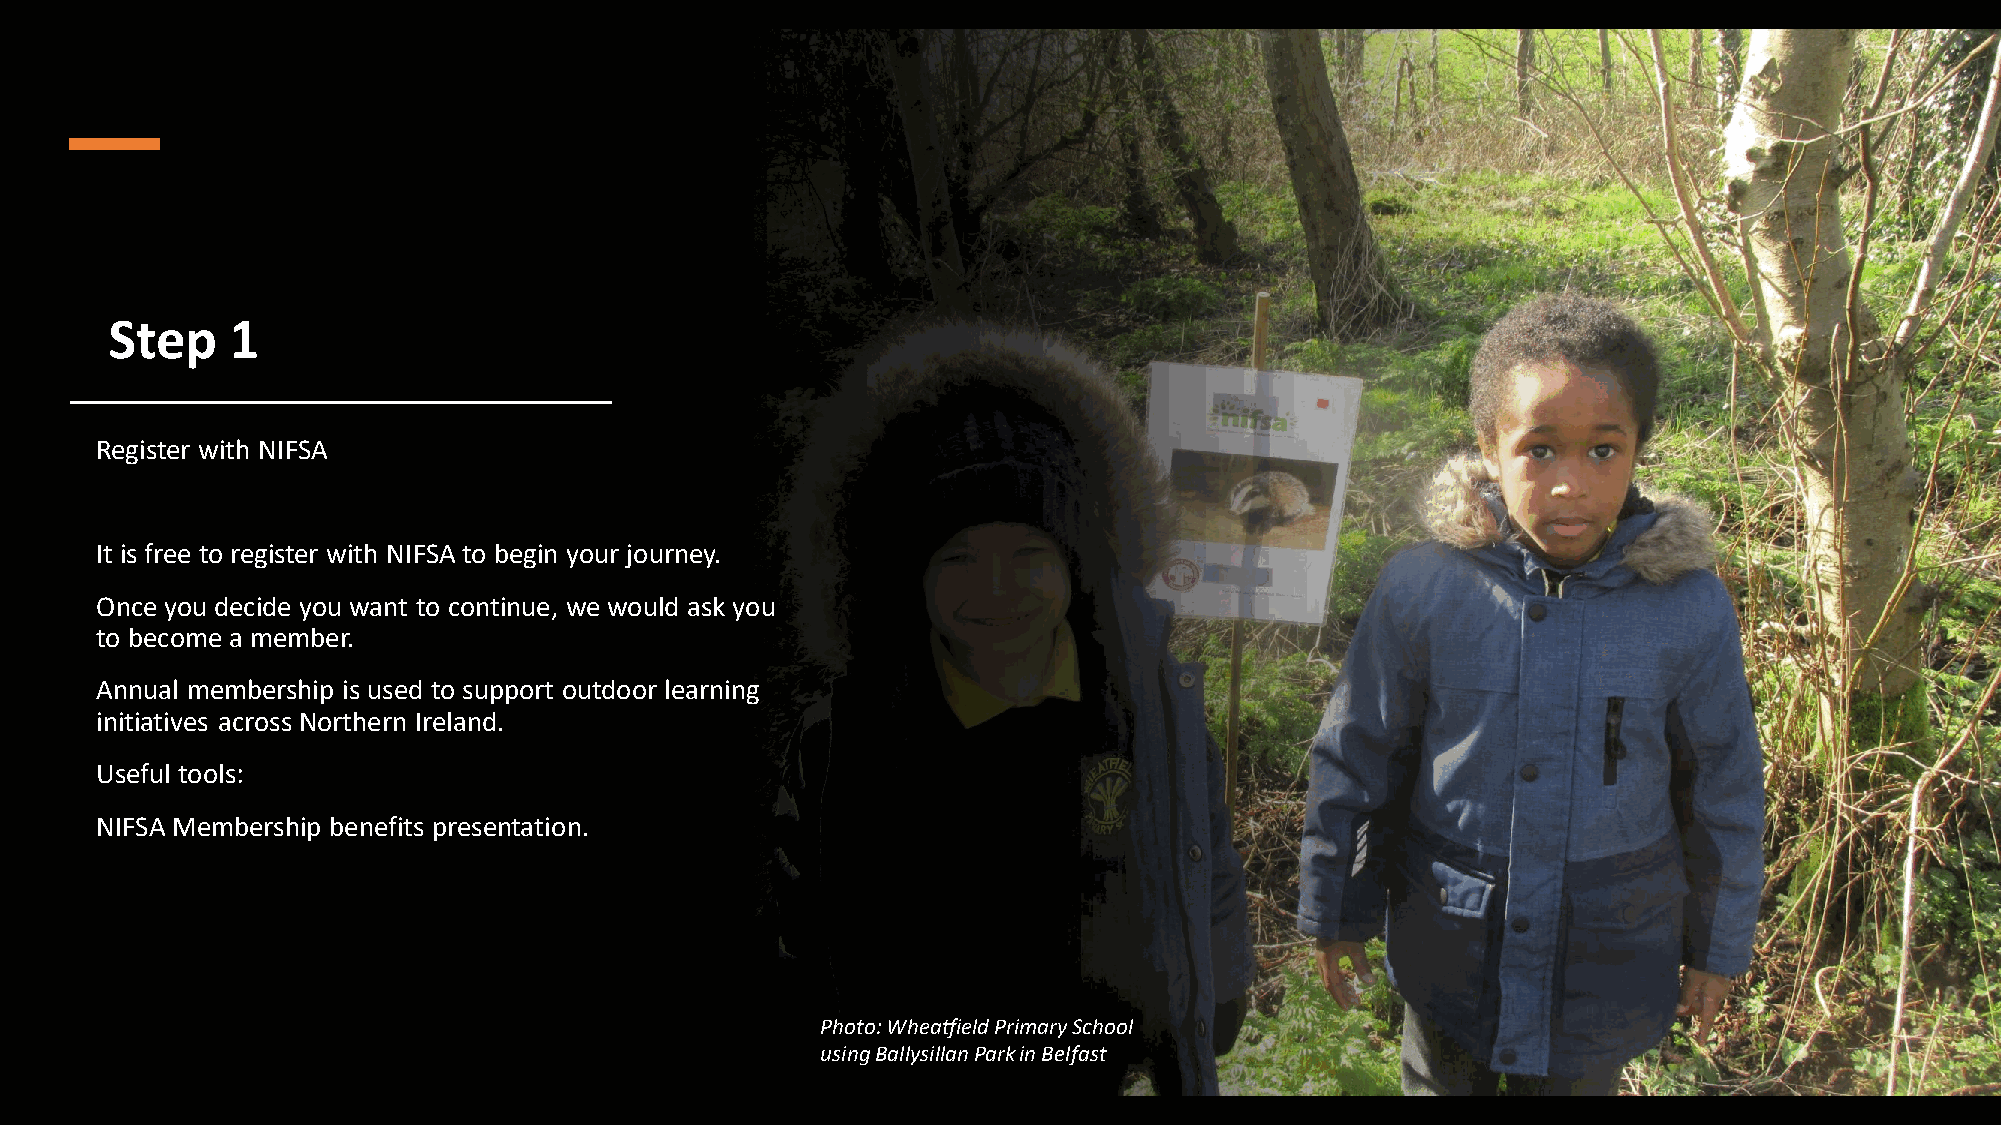
Step    1
 Register with NIFSA
 It is free to register with NIFSA to begin your journey.
 Once you decide you want to continue, we would ask you
 to become a member.
 Annual membership is used to support outdoor learning
 initiatives across Northern Ireland.
 Useful tools:
 NIFSA Membership benefits presentation.
 Photo: Wheatfield Primary School
 using BallysillanPark in Belfast